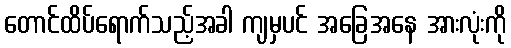
တောင်ထိပ်ရောက်သည့်အခါ ကျမှပင် အခြေအနေ အားလုံးကို